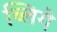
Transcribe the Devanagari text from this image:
ब्लिगे